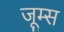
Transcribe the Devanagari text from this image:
जूम्स